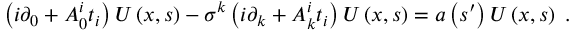
\left( i \partial _ { 0 } + A _ { 0 } ^ { i } t _ { i } \right) U \left( x , s \right) - \sigma ^ { k } \left( i \partial _ { k } + A _ { k } ^ { i } t _ { i } \right) U \left( x , s \right) = a \left( s ^ { \prime } \right) U \left( x , s \right) \; .